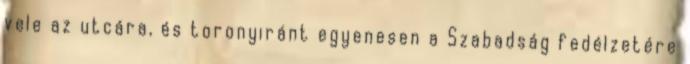
vele az utcára, és toronyiránt egyenesen a Szabadság fedélzetére